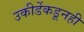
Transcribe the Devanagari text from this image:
उकीर्डेकडूनही